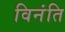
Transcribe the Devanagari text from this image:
विनंति